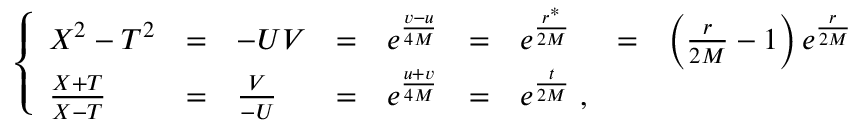
\left\{ \begin{array} { l l l l l l l l l } { { X ^ { 2 } - T ^ { 2 } } } & { { = } } & { { - U V } } & { { = } } & { { e ^ { { \frac { v - u } { 4 M } } } } } & { { = } } & { { e ^ { { \frac { r ^ { * } } { 2 M } } } } } & { { = } } & { { \left( { \frac { r } { 2 M } } - 1 \right) e ^ { { \frac { r } { 2 M } } } \nonumber } } \\ { { \frac { X + T } { X - T } } } & { { = } } & { { \frac { V } { - U } } } & { { = } } & { { e ^ { { \frac { u + v } { 4 M } } } } } & { { = } } & { { e ^ { { \frac { t } { 2 M } } } \; , } } & { { } } & { { } } \end{array} \right.